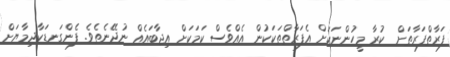
ފަރާތްފަރާތަށް  ކުރާ މީހުންނަކަށް އެފަރާތްތަކަކުން އެއްވެސް ކަމަަކަށް އިޖާބައެއް ނުދޭނެތެވެ. ފެންގަނޑަކާދިމާޔަށް